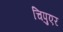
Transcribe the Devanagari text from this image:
चिपुएर